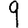
Digit: 9